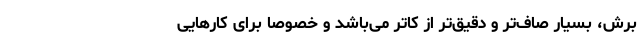
برش، بسیار صاف‌تر و دقیق‌تر از کاتر می‌باشد و خصوصاً برای کارهایی